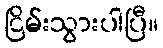
ငြိမ်းသွားပါပြီ။